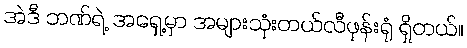
အဲဒီ ဘဏ်ရဲ့ အရှေ့မှာ အများသုံးတယ်လီဖုန်းရုံ ရှိတယ်။